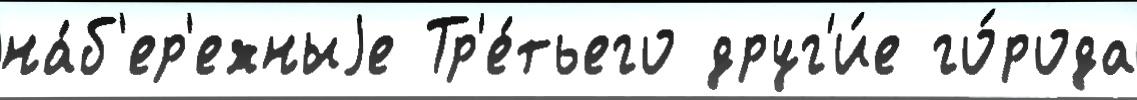
на́б'ер'ежныjе Тр'е́тьего друг'и́е го́рода